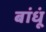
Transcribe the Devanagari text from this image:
बांधूं